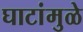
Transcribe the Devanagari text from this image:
घाटांमुळे